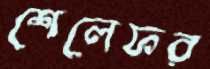
শেলেফর